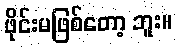
ဖိုင်းမဖြစ်တော့ ဘူး။